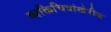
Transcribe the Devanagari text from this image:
व्यक्तिचित्रांखेरीज